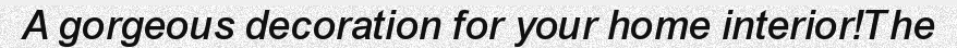
A gorgeous decoration for your home interior!The